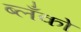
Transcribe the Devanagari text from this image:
ब्लँको